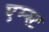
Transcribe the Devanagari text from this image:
एम्स्ट